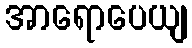
အာရောပေယျ